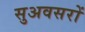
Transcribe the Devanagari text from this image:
सुअवसरों